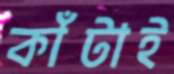
কাঁটাই